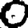
Digit: 0